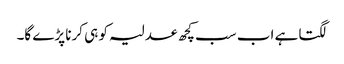
لگتا ہے اب سب کچھ عدلیہ کو ہی کرنا پڑے گا۔